Annual administration report of the Bombay Presidency - 1887-1892
Year: 1887
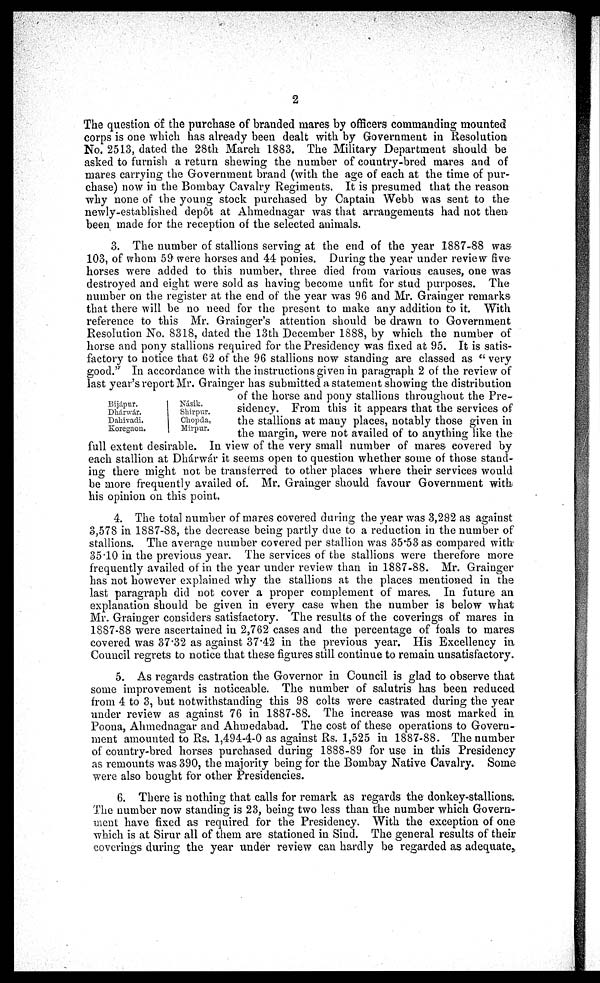
2
The question of the purchase of branded mares by officers commanding mounted
corps is one which has already been dealt with by Government in Resolution
No. 2513, dated the 28th March 1883. The Military Department should be
asked to furnish a return shewing the number of country-bred mares and of
mares carrying the Government brand (with the age of each at the time of pur-
chase) now in the Bombay Cavalry Regiments. It is presumed that the reason
why none of the young stock purchased by Captain Webb was sent to the
newly-established depôt at Ahmednagar was that arrangements had not then
been made for the reception of the selected animals.
Bijápur.
Dhánwár.
Dahivadi.
Koregaon.
Násik.
Shirpur.
Chopda.
Mirpur.
3. The number of stallions serving at the end of the year 1887-88 was
103, of whom 59 were horses and 44 ponies. During the year under review five
horses were added to this number, three died from various causes, one was
destroyed and eight were sold as having become unfit for stud purposes. The
number on the register at the end of the year was 96 and Mr. Grainger remarks
that there will be no need for the present to make any addition to it. With
reference to this Mr. Grainger's attention should be drawn to Government
Resolution No. 8318, dated the 13th December 1888, by which the number of
horse and pony stallions required for the Presidency was fixed at 95. It is satis-
factory to notice that 62 of the 96 stallions now standing are classed as "very
good." In accordance with the instructions given in paragraph 2 of the review of
last year's report Mr. Grainger has submitted a statement showing the distribution
of the horse and pony stallions throughout the Pre-
sidency. From this it appears that the services of
the stallions at many places, notably those given in
the margin, were not availed of to anything like the
full extent desirable. In view of the very small number of mares covered by
each stallion at Dhárwár it seems open to question whether some of those stand-
ing there might not be transferred to other places where their services would
be more frequently availed of. Mr. Grainger should favour Government with
his opinion on this point.
4. The total number of mares covered during the year was 3,282 as against
3,578 in 1887-88, the decrease being partly due to a reduction in the number of
stallions. The average number covered per stallion was 35.53 as compared with
35.10 in the previous year. The services of the stallions were therefore more
frequently availed of in the year under review than in 1887-88. Mr. Grainger
has not however explained why the stallions at the places mentioned in the
last paragraph did not cover a proper complement of mares. In future an
explanation should be given in every case when the number is below what
Mr. Grainger considers satisfactory. The results of the coverings of mares in
1887-88 were ascertained in 2,762 cases and the percentage of foals to mares
covered was 37.32 as against 37.42 in the previous year. His Excellency in
Council regrets to notice that these figures still continue to remain unsatisfactory.
5. As regards castration the Governor in Council is glad to observe that
some improvement is noticeable. The number of salutris has been reduced
from 4 to 3, but notwithstanding this 98 colts were castrated during the year
under review as against 76 in 1887-88. The increase was most marked in
Poona, Ahmednagar and Ahmedabad. The cost of these operations to Govern-
ment amounted to Rs. 1,494-4-0 as against Rs. 1,525 in 1887-88. The number
of country-bred horses purchased during 1888-89 for use in this Presidency
as remounts was 390, the majority being for the Bombay Native Cavalry. Some
were also bought for other Presidencies.
6. There is nothing that calls for remark as regards the donkey-stallions.
The number now standing is 23, being two less than the number which Govern-
ment have fixed as required for the Presidency. With the exception of one
which is at Sirur all of them are stationed in Sind. The general results of their
coverings during the year under review can hardly be regarded as adequate,